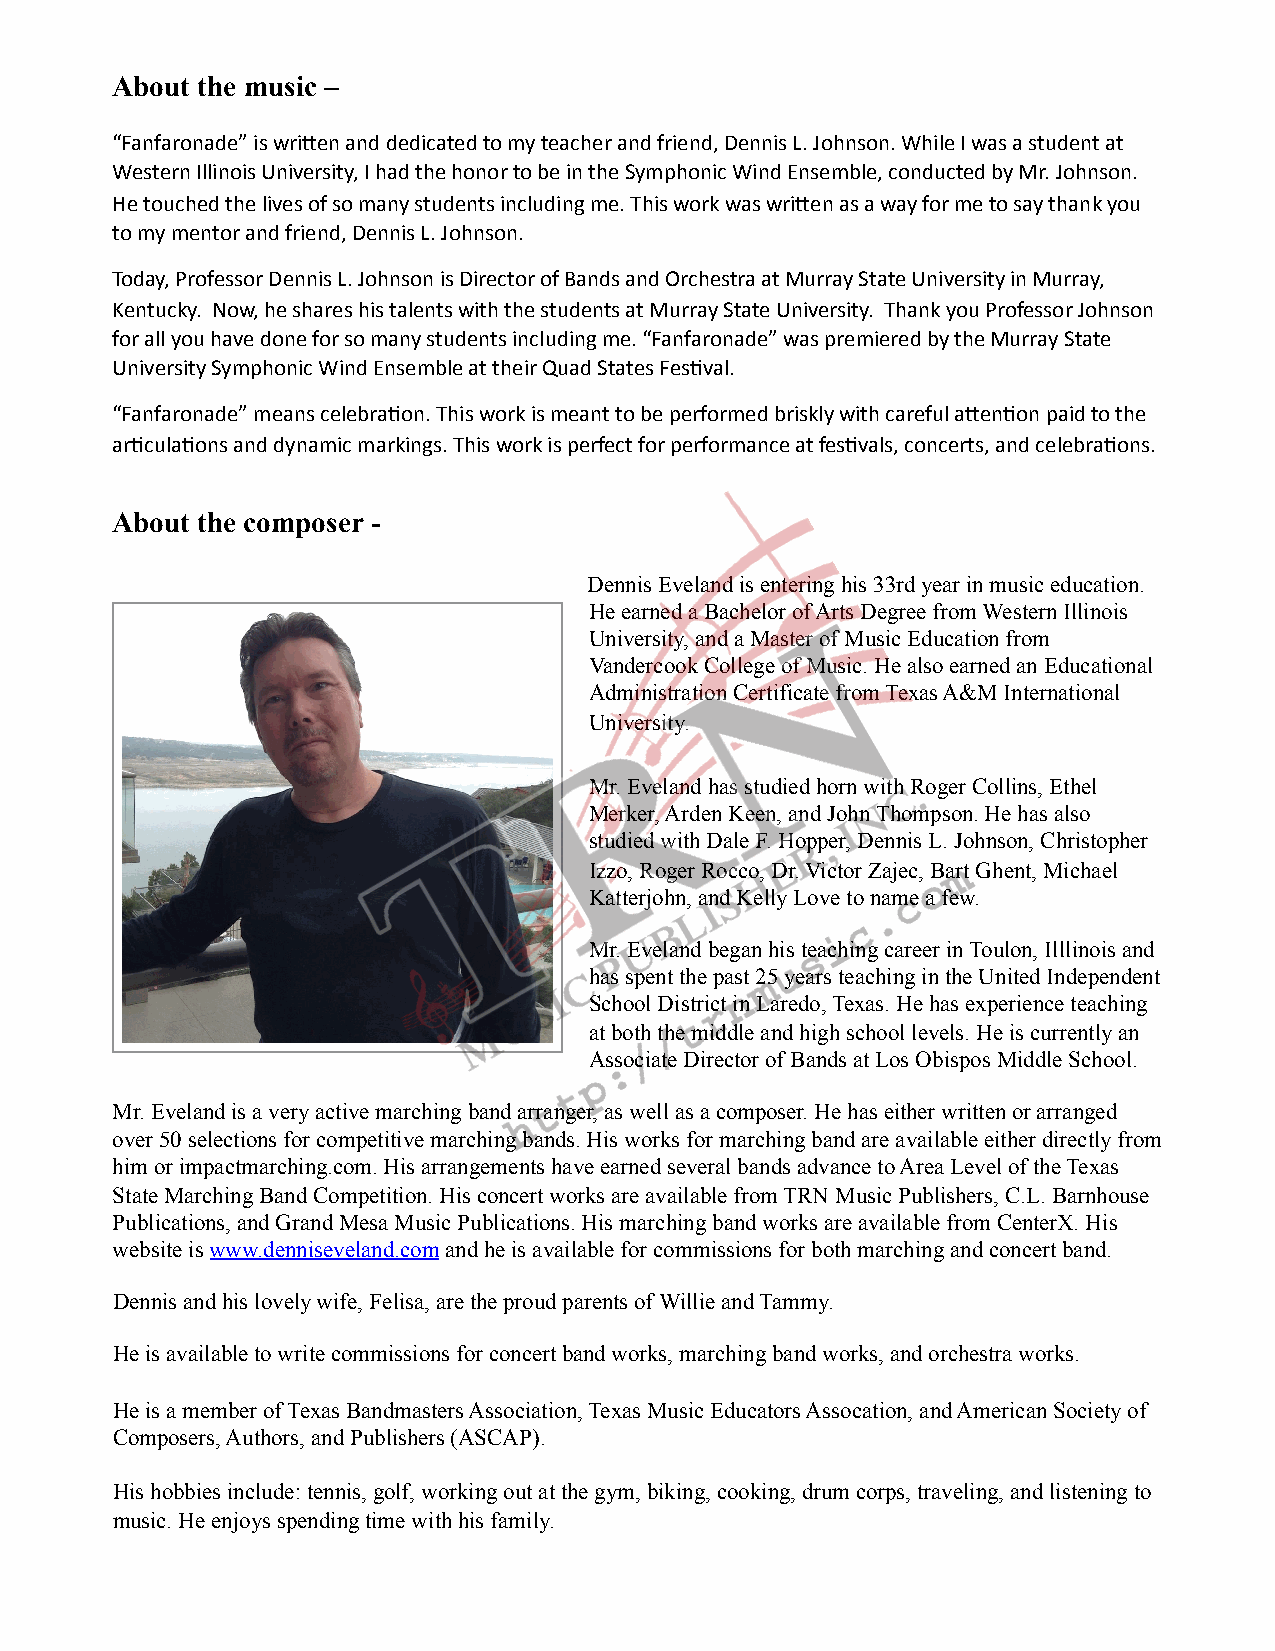
About the music –
 “Fanfaronade” is wri/en and dedicated to my teacher and friend, Dennis L. Johnson. While I was a student at
 Western Illinois University, I had the honor to be in the Symphonic Wind Ensemble, conducted by Mr. Johnson.
 He touched the lives of so many students including me. This work was wri/en as a way for me to say thank you
 to my mentor and friend, Dennis L. Johnson.
 Today, Professor Dennis L. Johnson is Director of Bands and Orchestra at Murray State University in Murray,
 Kentucky. Now, he shares his talents with the students at Murray State University. Thank you Professor Johnson
 for all you have done for so many students including me. “Fanfaronade” was premiered by the Murray State
 University Symphonic Wind Ensemble at their Quad States FesOval.
 “Fanfaronade” means celebraOon. This work is meant to be performed briskly with careful a/enOon paid to the
 arOculaOons and dynamic markings. This work is perfect for performance at fesOvals, concerts, and celebraOons.
 About the composer -
 Dennis Eveland is entering his 33rd year in music education.
 He earned a Bachelor of Arts Degree from Western Illinois
 University, and a Master of Music Education from
 Vandercook College of Music. He also earned an Educational
 Administration Certificate from Texas A&M International
 University.
 Mr. Eveland has studied horn with Roger Collins, Ethel
 Merker, Arden Keen, and John Thompson. He has also
 studied with Dale F. Hopper, Dennis L. Johnson, Christopher
 Izzo, Roger Rocco, Dr. Victor Zajec, Bart Ghent, Michael
 Katterjohn, and Kelly Love to name a few.
 Mr. Eveland began his teaching career in Toulon, Illlinois and
 has spent the past 25 years teaching in the United Independent
 School District in Laredo, Texas. He has experience teaching
 at both the middle and high school levels. He is currently an
 Associate Director of Bands at Los Obispos Middle School.
 Mr. Eveland is a very active marching band arranger, as well as a composer. He has either written or arranged
 over 50 selections for competitive marching bands. His works for marching band are available either directly from
 him or impactmarching.com. His arrangements have earned several bands advance to Area Level of the Texas
 State Marching Band Competition. His concert works are available from TRN Music Publishers, C.L. Barnhouse
 Publications, and Grand Mesa Music Publications. His marching band works are available from CenterX. His
 website is www.denniseveland.com and he is available for commissions for both marching and concert band.
 Dennis and his lovely wife, Felisa, are the proud parents of Willie and Tammy.
 He is available to write commissions for concert band works, marching band works, and orchestra works.
 He is a member of Texas Bandmasters Association, Texas Music Educators Assocation, and American Society of
 Composers, Authors, and Publishers (ASCAP).
 His hobbies include: tennis, golf, working out at the gym, biking, cooking, drum corps, traveling, and listening to
 music. He enjoys spending time with his family.